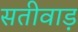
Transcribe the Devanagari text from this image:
सतीवाड़